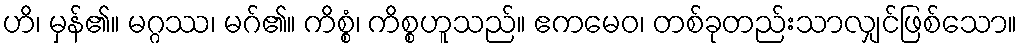
ဟိ၊ မှန်၏။ မဂ္ဂဿ၊ မဂ်၏။ ကိစ္စံ၊ ကိစ္စဟူသည်။ ဧကမေဝ၊ တစ်ခုတည်းသာလျှင်ဖြစ်သော။